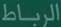
الربطاط